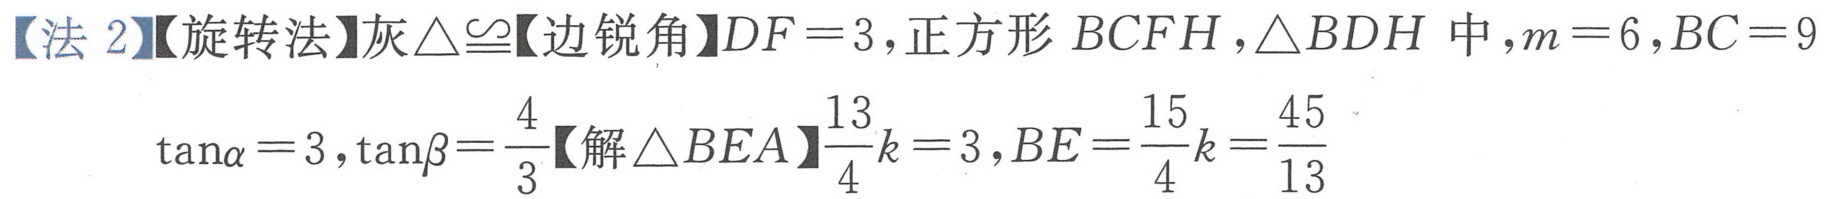
【法 2】【旋转法】灰\(\triangle\cong\)【边锐角】\(DF = 3\)，正方形\(BCFH\)，\(\triangle BDH\)中，\(m = 6\)，\(BC = 9\)
\(\tan\alpha=3\)，\(\tan\beta=\dfrac{4}{3}\)【解\(\triangle BEA\)】\(\dfrac{13}{4}k = 3\)，\(BE=\dfrac{15}{4}k=\dfrac{45}{13}\)